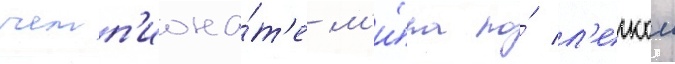
чемп'иона́т'е м'и́ра по́ л'егкои